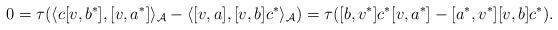
LaTeX: \begin{gather*}0=\tau(\langle c[v,b^*], [v,a^*]\rangle_{\mathcal A}-\langle[v,a],[v,b]c^*\rangle_{\mathcal A})=\tau([b,v^*]c^*[v,a^*]-[a^*, v^*][v,b]c^*).\end{gather*}